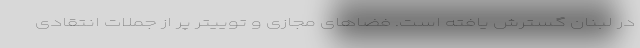
در لبنان گسترش یافته است. فضاهای مجازی و توییتر پر از جملات انتقادی